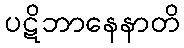
ပဋိဘာနေနာတိ